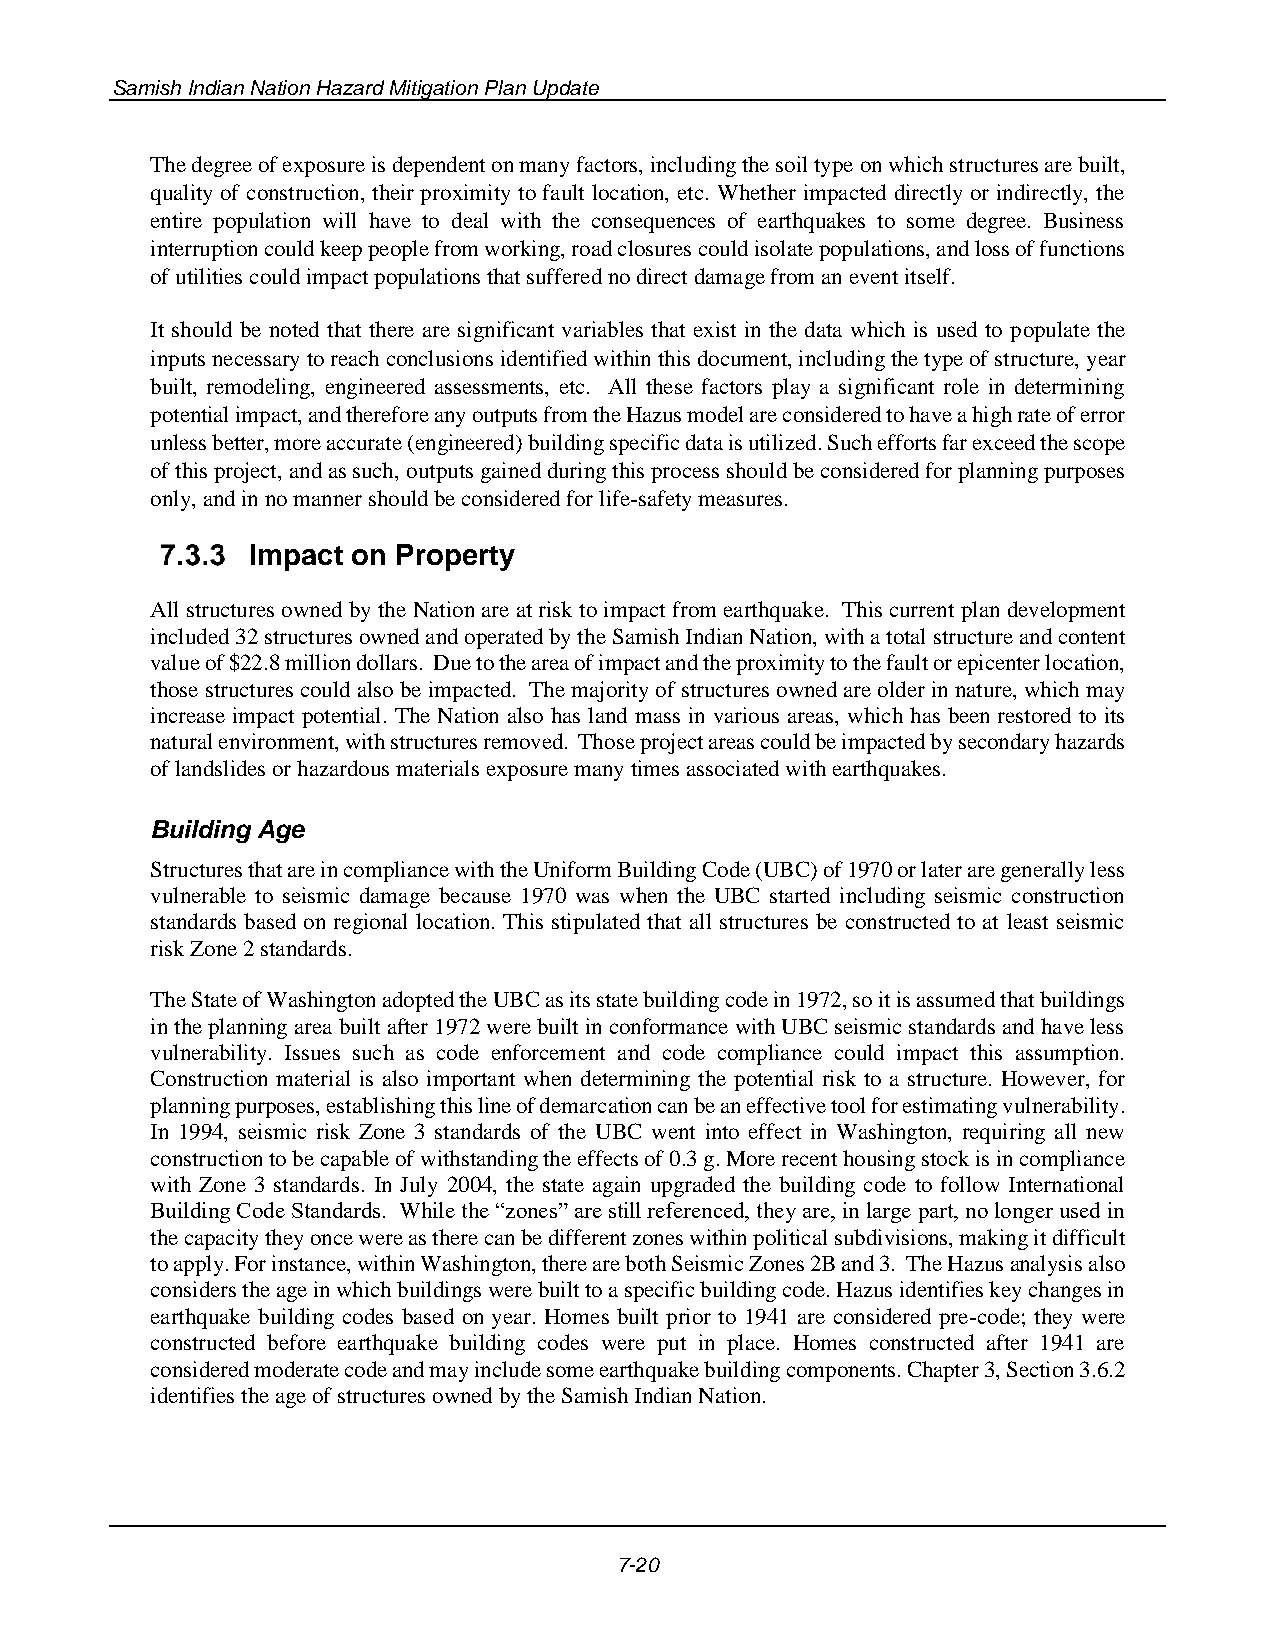
Samish Indian Nation Hazard Mitigation Plan Update
 The degree of exposure is dependent on many factors, including the soil type on which structures are built,
 quality of construction, their proximity to fault location, etc. Whether impacted directly or indirectly, the
 entire population will have to deal with the consequences of earthquakes to some degree. Business
 interruption could keep people from working, road closures could isolate populations, and loss of functions
 of utilities could impact populations that suffered no direct damage from an event itself.
 It should be noted that there are significant variables that exist in the data which is used to populate the
 inputs necessary to reach conclusions identified within this document, including the type of structure, year
 built, remodeling, engineered assessments, etc. All these factors play a significant role in determining
 potential impact, and therefore any outputs from the Hazus model are considered to have a high rate of error
 unless better, more accurate (engineered) building specific data is utilized. Such efforts far exceed the scope
 of this project, and as such, outputs gained during this process should be considered for planning purposes
 only, and in no manner should be considered for life-safety measures.
 Impact on Property
 All structures owned by the Nation are at risk to impact from earthquake. This current plan development
 included 32 structures owned and operated by the Samish Indian Nation, with a total structure and content
 value of $22.8 million dollars. Due to the area of impact and the proximity to the fault or epicenter location,
 those structures could also be impacted. The majority of structures owned are older in nature, which may
 increase impact potential. The Nation also has land mass in various areas, which has been restored to its
 natural environment, with structures removed. Those project areas could be impacted by secondary hazards
 of landslides or hazardous materials exposure many times associated with earthquakes.
 Building Age
 Structures that are in compliance with the Uniform Building Code (UBC) of 1970 or later are generally less
 vulnerable to seismic damage because 1970 was when the UBC started including seismic construction
 standards based on regional location. This stipulated that all structures be constructed to at least seismic
 risk Zone 2 standards.
 The State of Washington adopted the UBC as its state building code in 1972, so it is assumed that buildings
 in the planning area built after 1972 were built in conformance with UBC seismic standards and have less
 vulnerability. Issues such as code enforcement and code compliance could impact this assumption.
 Construction material is also important when determining the potential risk to a structure. However, for
 planning purposes, establishing this line of demarcation can be an effective tool for estimating vulnerability.
 In 1994, seismic risk Zone 3 standards of the UBC went into effect in Washington, requiring all new
 construction to be capable of withstanding the effects of 0.3 g. More recent housing stock is in compliance
 with Zone 3 standards. In July 2004, the state again upgraded the building code to follow International
 Building Code Standards. While the “zones” are still referenced, they are, in large part, no longer used in
 the capacity they once were as there can be different zones within political subdivisions, making it difficult
 to apply. For instance, within Washington, there are both Seismic Zones 2B and 3. The Hazus analysis also
 considers the age in which buildings were built to a specific building code. Hazus identifies key changes in
 earthquake building codes based on year. Homes built prior to 1941 are considered pre-code; they were
 constructed before earthquake building codes were put in place. Homes constructed after 1941 are
 considered moderate code and may include some earthquake building components. Chapter 3, Section 3.6.2
 identifies the age of structures owned by the Samish Indian Nation.
 7-20